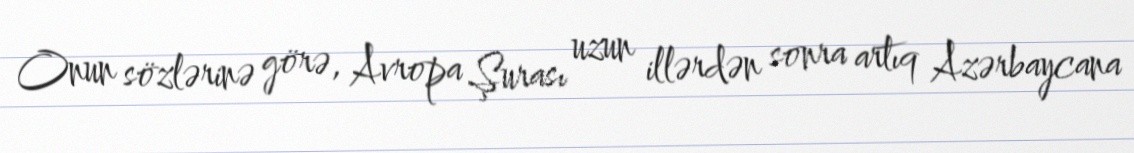
Onun sözlərinə görə, Avropa Şurası uzun illərdən sonra artıq Azərbaycana